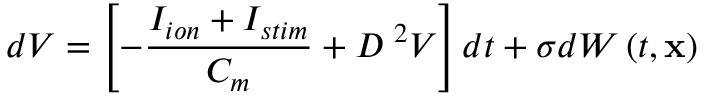
d V = \left[ - \frac { I _ { i o n } + I _ { s t i m } } { C _ { m } } + D \mathrm { \nabla } ^ { 2 } V \right] d t + \sigma d W \left( t , \mathbf { x } \right)